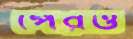
পেরও